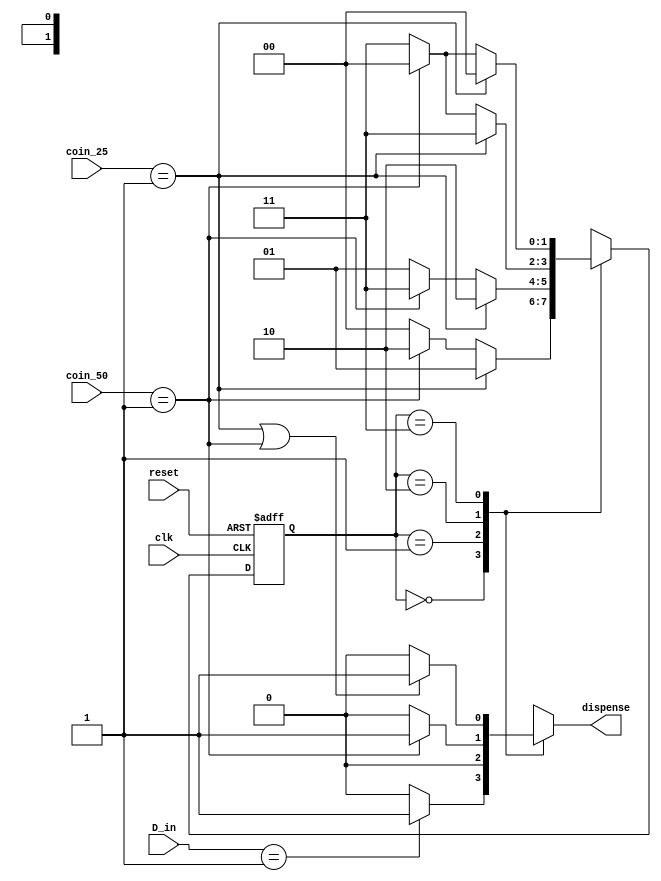
`timescale 1ns / 1ps

module foy5_vending_machine(coin_25, coin_50, D_in, clk, reset, dispense);
    
                        // D_in = 1 tl  coin_25 = 25 kr, coin_50 = 50 kr
                        // ie su 1 tl - 25 kr, 50 kr ve 1 tl atabilir                  
                        input[1:0] coin_25, D_in, coin_50;
                        input clk, reset;
                        output reg dispense;

                        reg[1:0] current_state, next_state;
                        parameter sWait = 2'b00, s25 = 2'b01, s50 = 2'b10, s75 = 2'b11;

                        always@ (posedge clk or negedge reset) begin
                            if(!reset)
                                current_state <= sWait;
                            else
                                current_state <= next_state;
                        end

                        always @(*) begin
                            case(current_state)
                                sWait : begin
                                            if(coin_25 == 1'b1)
                                                next_state = s25;
                                            else if (coin_50 == 1'b1)
                                                next_state = s50;
                                            else
                                                next_state = sWait;
                                        end
                                s25   : begin
                                            if (coin_25 == 1'b1)
                                                next_state = s50;
                                            else if(coin_50 == 1'b1)
                                                next_state = s75;
                                            else 
                                                next_state = s25;
                                        end
                                s50   : begin
                                            if(coin_25 == 1'b1)
                                                next_state = s75;
                                            else if(coin_50 == 1'b1)
                                                next_state = sWait;
                                            else 
                                                next_state = s75;
                                        end
                                s75   : begin 
                                            if(coin_25 == 1'b1)
                                                next_state = sWait;
                                            else if(coin_50 == 1'b1)
                                                next_state = sWait;
                                            else
                                                next_state = s75;
                                        end
                                default: next_state = sWait;
                            endcase
                        end

                        always@(*) begin
                            case(current_state)
                                sWait : if( D_in == 1'b1)
                                            dispense <= 1'b1;
                                        else
                                            dispense <= 1'b0;
                                s25   : dispense <= 1'b0;
                                s50   : if(coin_50 == 1'b1)
                                            dispense <= 1'b1;
                                        else 
                                            dispense <= 1'b0;
                                s75   : if(coin_25 == 1'b1 || coin_50 == 1'b1)
                                            dispense <= 1'b1;
                                        else
                                            dispense <= 1'b0;
                                default: dispense = 1'b0;
                            endcase
                        end
endmodule

/* 
`timescale 1ns / 1ps

module tb_foy5_vending_machine;
    
    // inputs 
    reg[1:0] coin_25, coin_50, D_in;
    reg clk, reset;
    // output
    wire dispense;

    foy5_vending_machine uut(.coin_25(coin_25), .coin_50(coin_50), .D_in(D_in), .clk(clk), .reset(reset), .dispense(dispense));
    initial clk = 0;
    always begin
        #10 clk = ~clk; 
    end 
    
    initial begin
        reset = 1'b1;
        #20 reset = 1'b0;
        coin_25 = 1'b1;
        #20 reset = 1'b1; coin_25 = 1'b0;
        #20 reset = 1'b0;
        coin_50 = 1'b1;
        #20 reset = 1'b1; coin_50 = 1'b0;
        #20 reset = 1'b0;
        D_in = 1'b1;
        #20 reset = 1'b1;
        #20 reset = 1'b0;
        #20
        $finish;
    end 
    
endmodule
*/